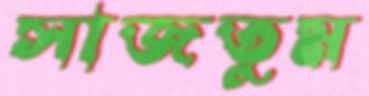
সাজতুম